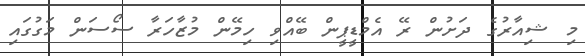
މި ޝިއާރުގެ ދަށުން ރޭ އެމްޑީޕީން ބޭއްވި ހިމޭން މުޒާހަރާ ސޯސަން މަގުގައި